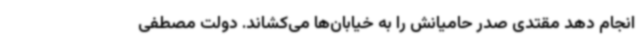
انجام دهد مقتدی صدر حامیانش را به خیابان‌ها می‌کشاند. دولت مصطفی